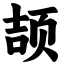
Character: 颉